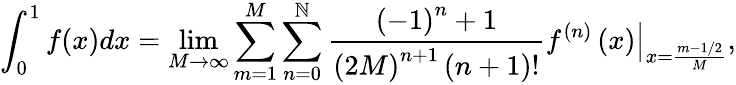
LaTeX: \int_{0}^{1}{f(x)dx}=\operatorname*{lim}_{M\to\infty}\sum_{m=1}^{M}{\sum_{n=0}^{\mathbb{N}}{{\frac{{{{\left({-1}\right)}^{n}}+1}}{{{{\left({2M}\right)}^{n+1}}\left({n+1}\right)!}}}{{\left.{{f^{\left(n\right)}}\left(x\right)}\right|}_{x={\frac{{m-1/2}}{{M}}}}}}},